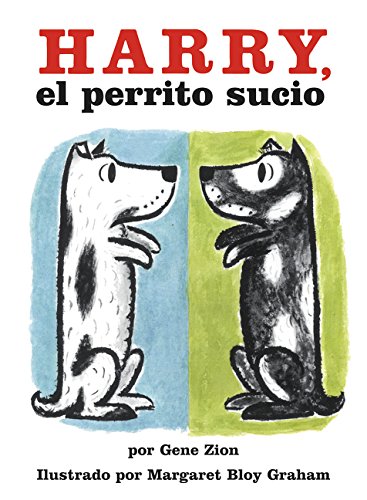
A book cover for Harry, el perrito sucio (Harry the Dirty Dog, Spanish edition); Gene Zion; Children's Books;